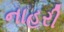
નાહરી